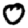
Digit: 0